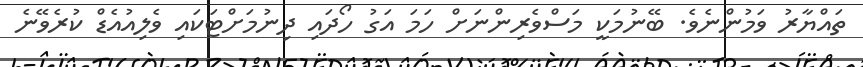
ތައްޔާރު ވަމުންނެވެ. ބޭނުމަކީ މަސްވެރިންނަށް ހަމަ އަގު ހޯދައި ދިނުމަށްޓަކައި ވެލިއުއެޑް ކުރެވޭނެ